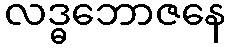
လဒ္ဓဘောဇနေ